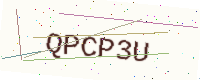
Text: QPCP3U